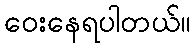
ဝေးနေရပါတယ်။